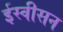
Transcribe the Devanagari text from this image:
ईस्वीसन